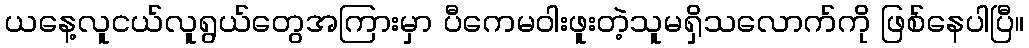
ယနေ့လူငယ်လူရွယ်တွေအကြားမှာ ပီကေမဝါးဖူးတဲ့သူမရှိသလောက်ကို ဖြစ်နေပါပြီ။